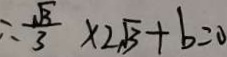
\therefore \frac { \sqrt { 3 } } { 3 } \times 2 \sqrt { 3 } + b = 0